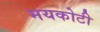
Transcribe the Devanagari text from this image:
मयकोटी